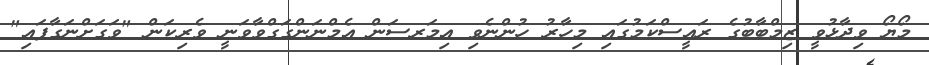
މޯޔޯ ވިދާޅުވީ ޒިމްބާބުގެ ރައީސްކަމުގައި މިހާރު ހުންނެވި އިމަރސަން އެމްނަންގަގްވާވަނީ ވެރިކަން "ވަގަށްނަގާފައި"